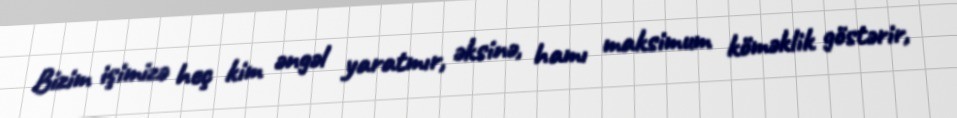
Bizim işimizə heç kim əngəl yaratmır, əksinə, hamı maksimum köməklik göstərir,